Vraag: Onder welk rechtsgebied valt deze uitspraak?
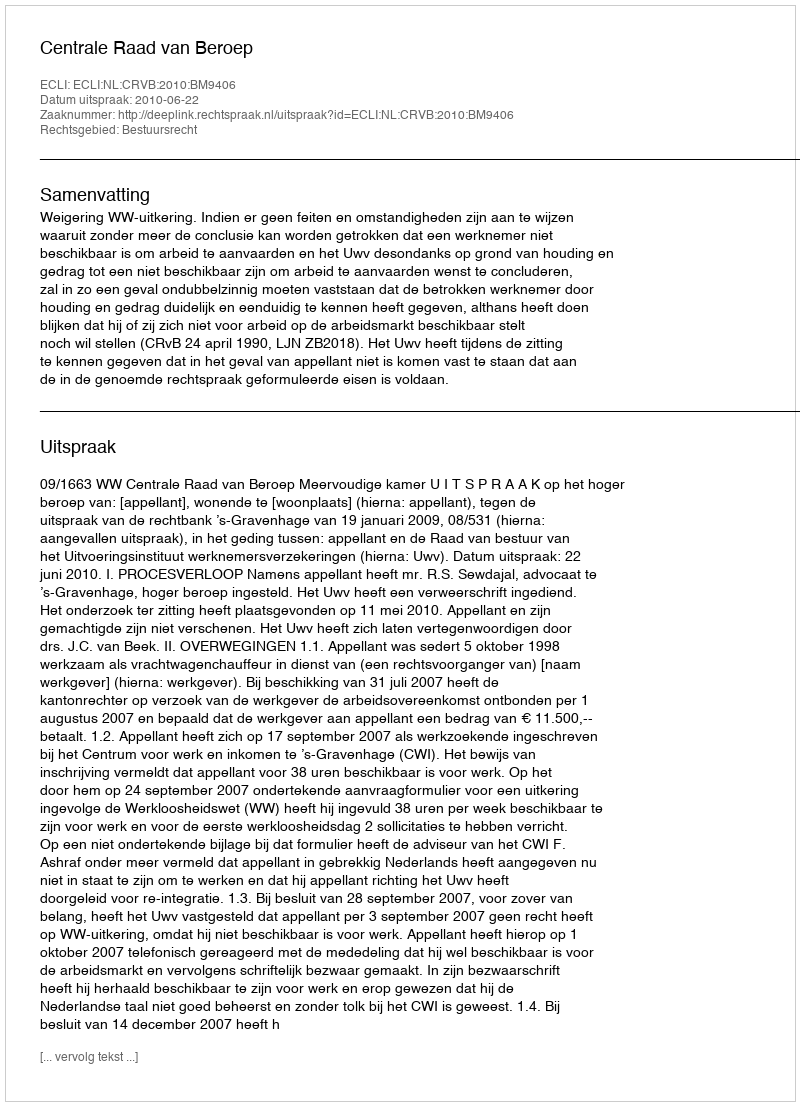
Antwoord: Bestuursrecht